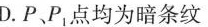
D.P、P1点均为暗条纹